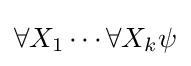
\forall X_{1}\cdots \forall X_{k}\psi